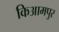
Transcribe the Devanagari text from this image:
किआमपुर